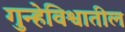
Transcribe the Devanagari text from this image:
गुन्हेविश्वातील